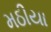
મઠીયા